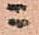
ニ